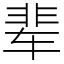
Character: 辈